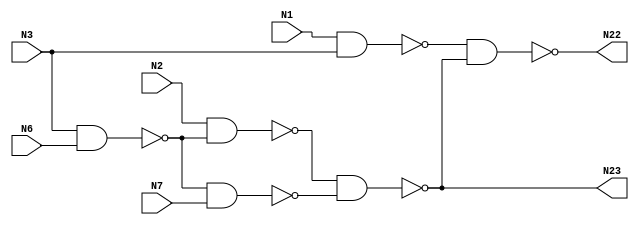
// Verilog
// c17
// Ninputs 5
// Noutputs 2
// NtotalGates 6
// NAND2 6

// Cluster Roots: N23, N22, N16

module c17 (N1,N2,N3,N6,N7,N22,N23);

input N1,N2,N3,N6,N7;

output N22,N23;

wire N10_1,N11_1,N16_1,N19_1,N22_1,N23_1,N10_2,N11_2,N16_2,N19_2,N22_2,N23_2,N10_3,N11_3,N16_3,N19_3,N22_3,N23_3,N16_V;

wire Q1_1,Q1_2,Q1_3,Q2_1,Q2_2,Q2_3,Q3_1,Q3_2,Q3_3;

// STRUCTURE 
// main circuit
// redundant circuit 1
// redundant circuit 2

nand NAND2_1_1 (N10, N1, N3);
nand NAND2_1_2 (N10, N1, N3);
nand NAND2_1_3 (N10, N1, N3);

nand NAND2_2_1 (N11, N3, N6);
nand NAND2_2_2 (N11, N3, N6);
nand NAND2_2_3 (N11, N3, N6);

nand NAND2_3_1 (N16, N2, N11);
nand NAND2_3_2 (N16, N2, N11);
nand NAND2_3_3 (N16, N2, N11);

and AND2_1 (Q1_1, N16, N16);
and AND2_2 (Q1_2, N16, N16);
and AND2_3 (Q1_3, N16, N16);
or OR3_1 (NV16, Q1_1, Q1_2, Q1_3);

nand NAND2_4_1 (N19, N11, N7);
nand NAND2_4_2 (N19, N11, N7);
nand NAND2_4_3 (N19, N11, N7);

nand NAND2_5_1 (N22, N10, VN16);
nand NAND2_5_2 (N22, N10, VN16);
nand NAND2_5_3 (N22, N10, VN16);

and AND2_4 (Q2_1, N22, N22);
and AND2_5 (Q2_2, N22, N22);
and AND2_6 (Q2_3, N22, N22);
or OR3_2 (VN22, Q2_1, Q2_2, Q2_3);

nand NAND2_6_1 (N23, NV16, N19);
nand NAND2_6_2 (N23, NV16, N19);
nand NAND2_6_3 (N23, NV16, N19);

and AND2_7 (Q3_1, N23, N23);
and AND2_8 (Q3_2, N23, N23);
and AND2_9 (Q3_3, N23, N23);
or OR3_3 (VN16, Q3_1, Q3_2, Q3_3);

endmodule